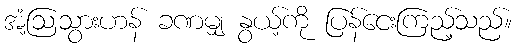
အံ့ဩသွားဟန် ခဏမျှ နွယ့်ကို ပြန်ငေးကြည့်သည်။